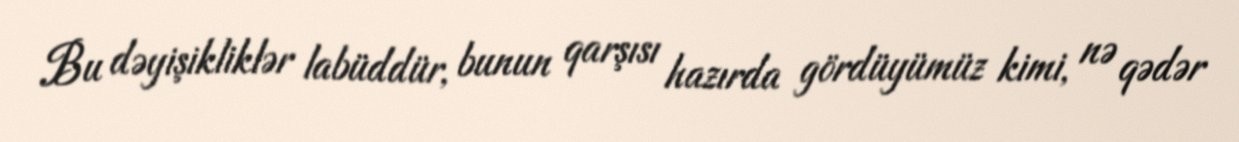
Bu dəyişikliklər labüddür, bunun qarşısı hazırda gördüyümüz kimi, nə qədər